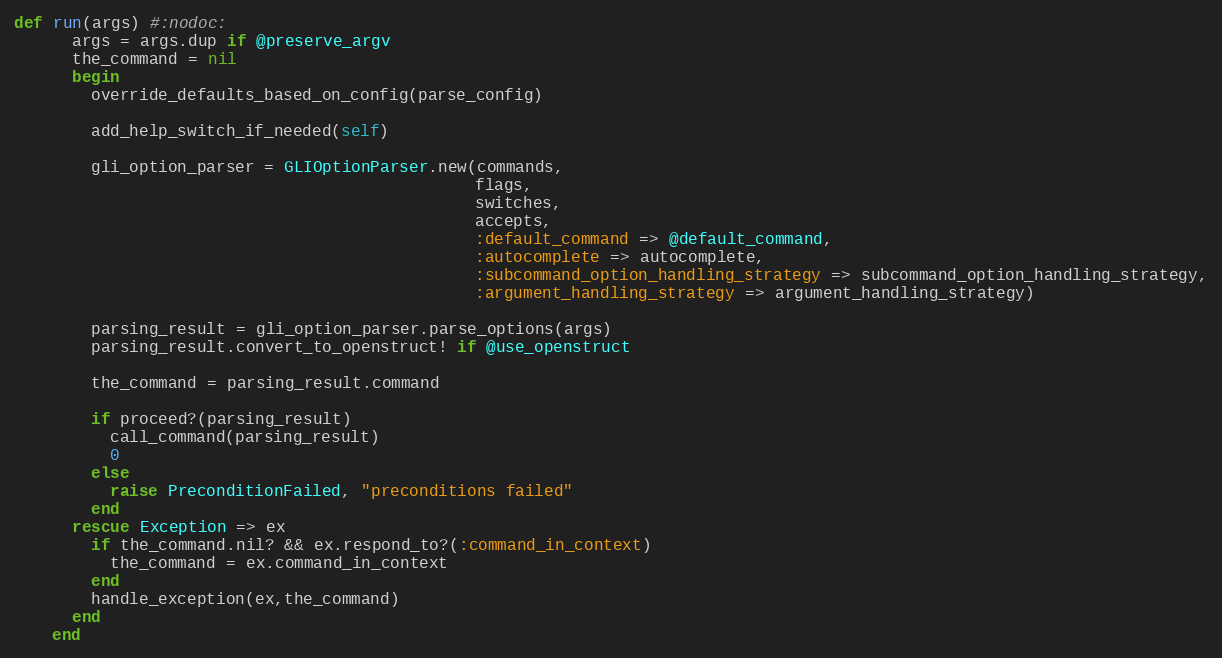
Language: Ruby
def run(args) #:nodoc:
      args = args.dup if @preserve_argv
      the_command = nil
      begin
        override_defaults_based_on_config(parse_config)

        add_help_switch_if_needed(self)

        gli_option_parser = GLIOptionParser.new(commands,
                                                flags,
                                                switches,
                                                accepts,
                                                :default_command => @default_command,
                                                :autocomplete => autocomplete,
                                                :subcommand_option_handling_strategy => subcommand_option_handling_strategy,
                                                :argument_handling_strategy => argument_handling_strategy)

        parsing_result = gli_option_parser.parse_options(args)
        parsing_result.convert_to_openstruct! if @use_openstruct

        the_command = parsing_result.command

        if proceed?(parsing_result)
          call_command(parsing_result)
          0
        else
          raise PreconditionFailed, "preconditions failed"
        end
      rescue Exception => ex
        if the_command.nil? && ex.respond_to?(:command_in_context)
          the_command = ex.command_in_context
        end
        handle_exception(ex,the_command)
      end
    end